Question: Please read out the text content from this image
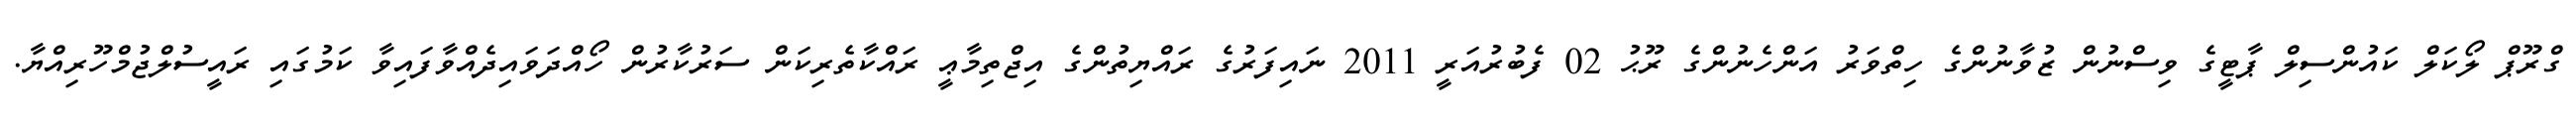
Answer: ގްރޫޕް ލޯކަލް ކައުންސިލް ޕާޓީގެ ވިސްނުން ޒުވާނުންގެ ހިތްވަރު އަންހެނުންގެ ރޫޙު 02 ފެބުރުއަރީ 2011 ނައިފަރުގެ ރައްޔިތުންގެ އިޖްތިމާޢީ ރައްކާތެރިކަން ސަރުކާރުން ހޯއްދަވައިދެއްވާފައިވާ ކަމުގައި ރައީސުލްޖުމްހޫރިއްޔާ.